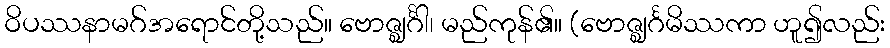
ဝိပဿနာမဂ်အရောင်တို့သည်။ ဗောဇ္ဈင်္ဂါ၊ မည်ကုန်၏။ (ဗောဇ္ဈင်္ဂမိဿကာ ဟူ၍လည်း